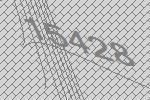
15428